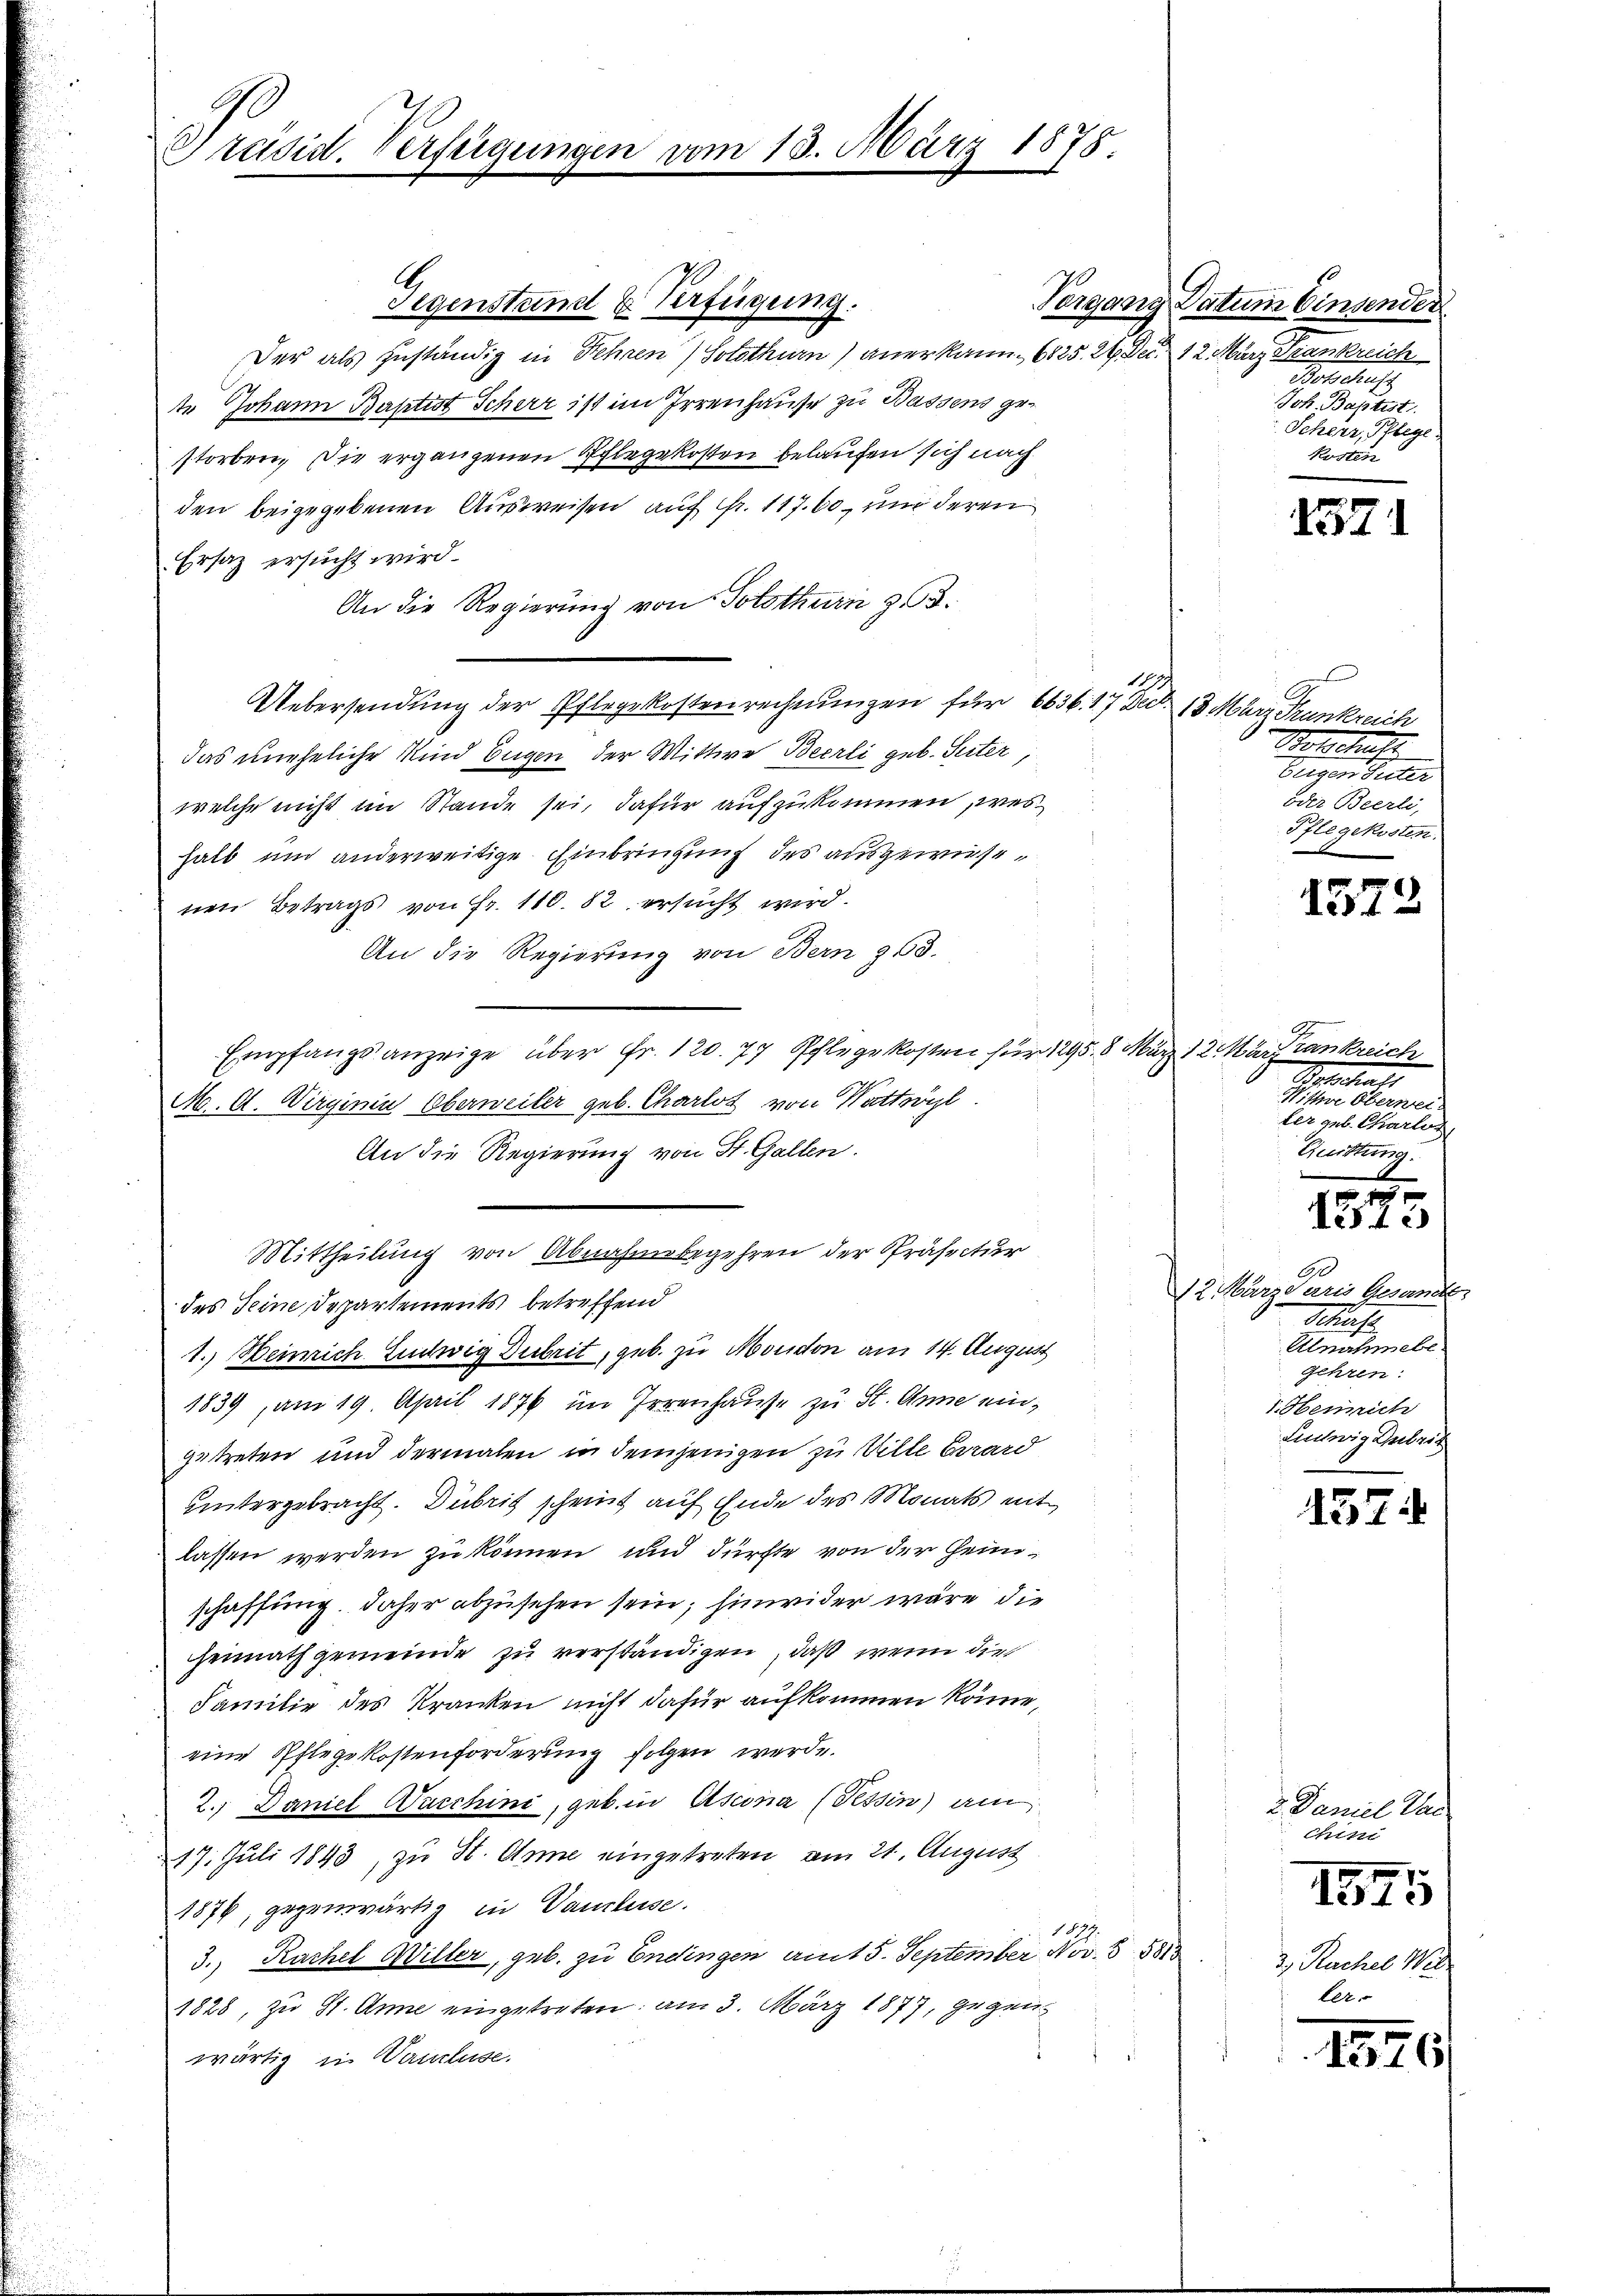
Präsid. Verfügungen vom 13. März 1878

Gegenstand u. Verfügung.
Der als zuständig in Fehren) Solothurn) anerkann. 6825. 24 Dec. 12. März Trankreich
te Johann Baptist Scherz ist im Irrenhause zu Bassens gestorben. Die ergangenen Pflegekosten belaufen sich nach
den beigegebenen Ausweisen auch Fr. 117. 60, und deren
Ersatz ersucht wird.
An die Regierung von Solothurn zu 3.
Uebersendung der Pflegekostenrechnungen für 6636. 17 Ded. 13. März Trankreich
das uneheliche Kind Eugen der Wittwe Beerli geb. Suter,
welche nicht im Stande sei, dafür aufzukommen, wes
halb und anderweitige Einbringung des ausgewiesenen Betrags von Fr. 110. 82 ersucht wird.
An die Regierung von Bern 353.
Empfangsanzeige über Fr. 120. 77 Pflegekosten für 1295. 8. März 12. Karfrankreich
M. A. Virginin Oberweiler geb. Charlot von Wattwyl
An die Regierung von St. Gallen.
Mittheilung von Abnahmsbegehren der Präfectur
des Seine Departements betreffend
1. Beinrich Einwig Debrit, geb. zu Moudon am 14. August
1839, am 19. April 1876 im Irrenhause zu St. Anne eingetreten und dermalen in demjenigen zu Wille Gard
untergebracht. Dubrich scheint auf Ende des Monats entlassen werden zu können und dürfte von der Heimschaffung. Daher abzusehen sein; hinwider wäre die
Heimath gemeinde zu verständigen, daß wenn die
Familie des Kranken nicht dafür aufkommen könne,
eine Pflegekostenforderung folgen werde.
2.) Daniel Waschini, geb. in Ascona (Tessin am
17. Juli 1843, zu St. Anne eingetreten, am 21. August
1876, gegenwärtig in Vancluse.
1879.
3. Kuchel Willer, geb. zu Endingen amit 5. September Nov. 1813
1828, zu St. Anne eingetreten am 3. März 1877, gegenwärtig in Wandluse.

.
Vergang Datum binsender
Botschust
Joh. Baptist.
Scherr, Pflege
Kosten

1571

e
Standschaft
Beiger Peter
oder Beerli,
Pflegekosten.

157.

Petitiat
Wittwe Oberwei-
ter geb. Charlos
Quittung.

1
13te

A
12. März daris Gesamte
Schaft
Alnahmebe
gehren:
1. Heinrich
Linlwig Entrit

1574

2. Daniel Ver
chini
1

113

3 Rachel Wil
ter

1576